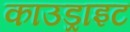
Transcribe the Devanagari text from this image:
काउड्राइट